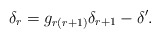
\begin{align*}\delta_r = g_{r(r+1)}\delta_{r+1} - \delta'.\end{align*}